65_HS1-834228961_62-HQ-83894_Section_3
Agency: FBI
Page 42
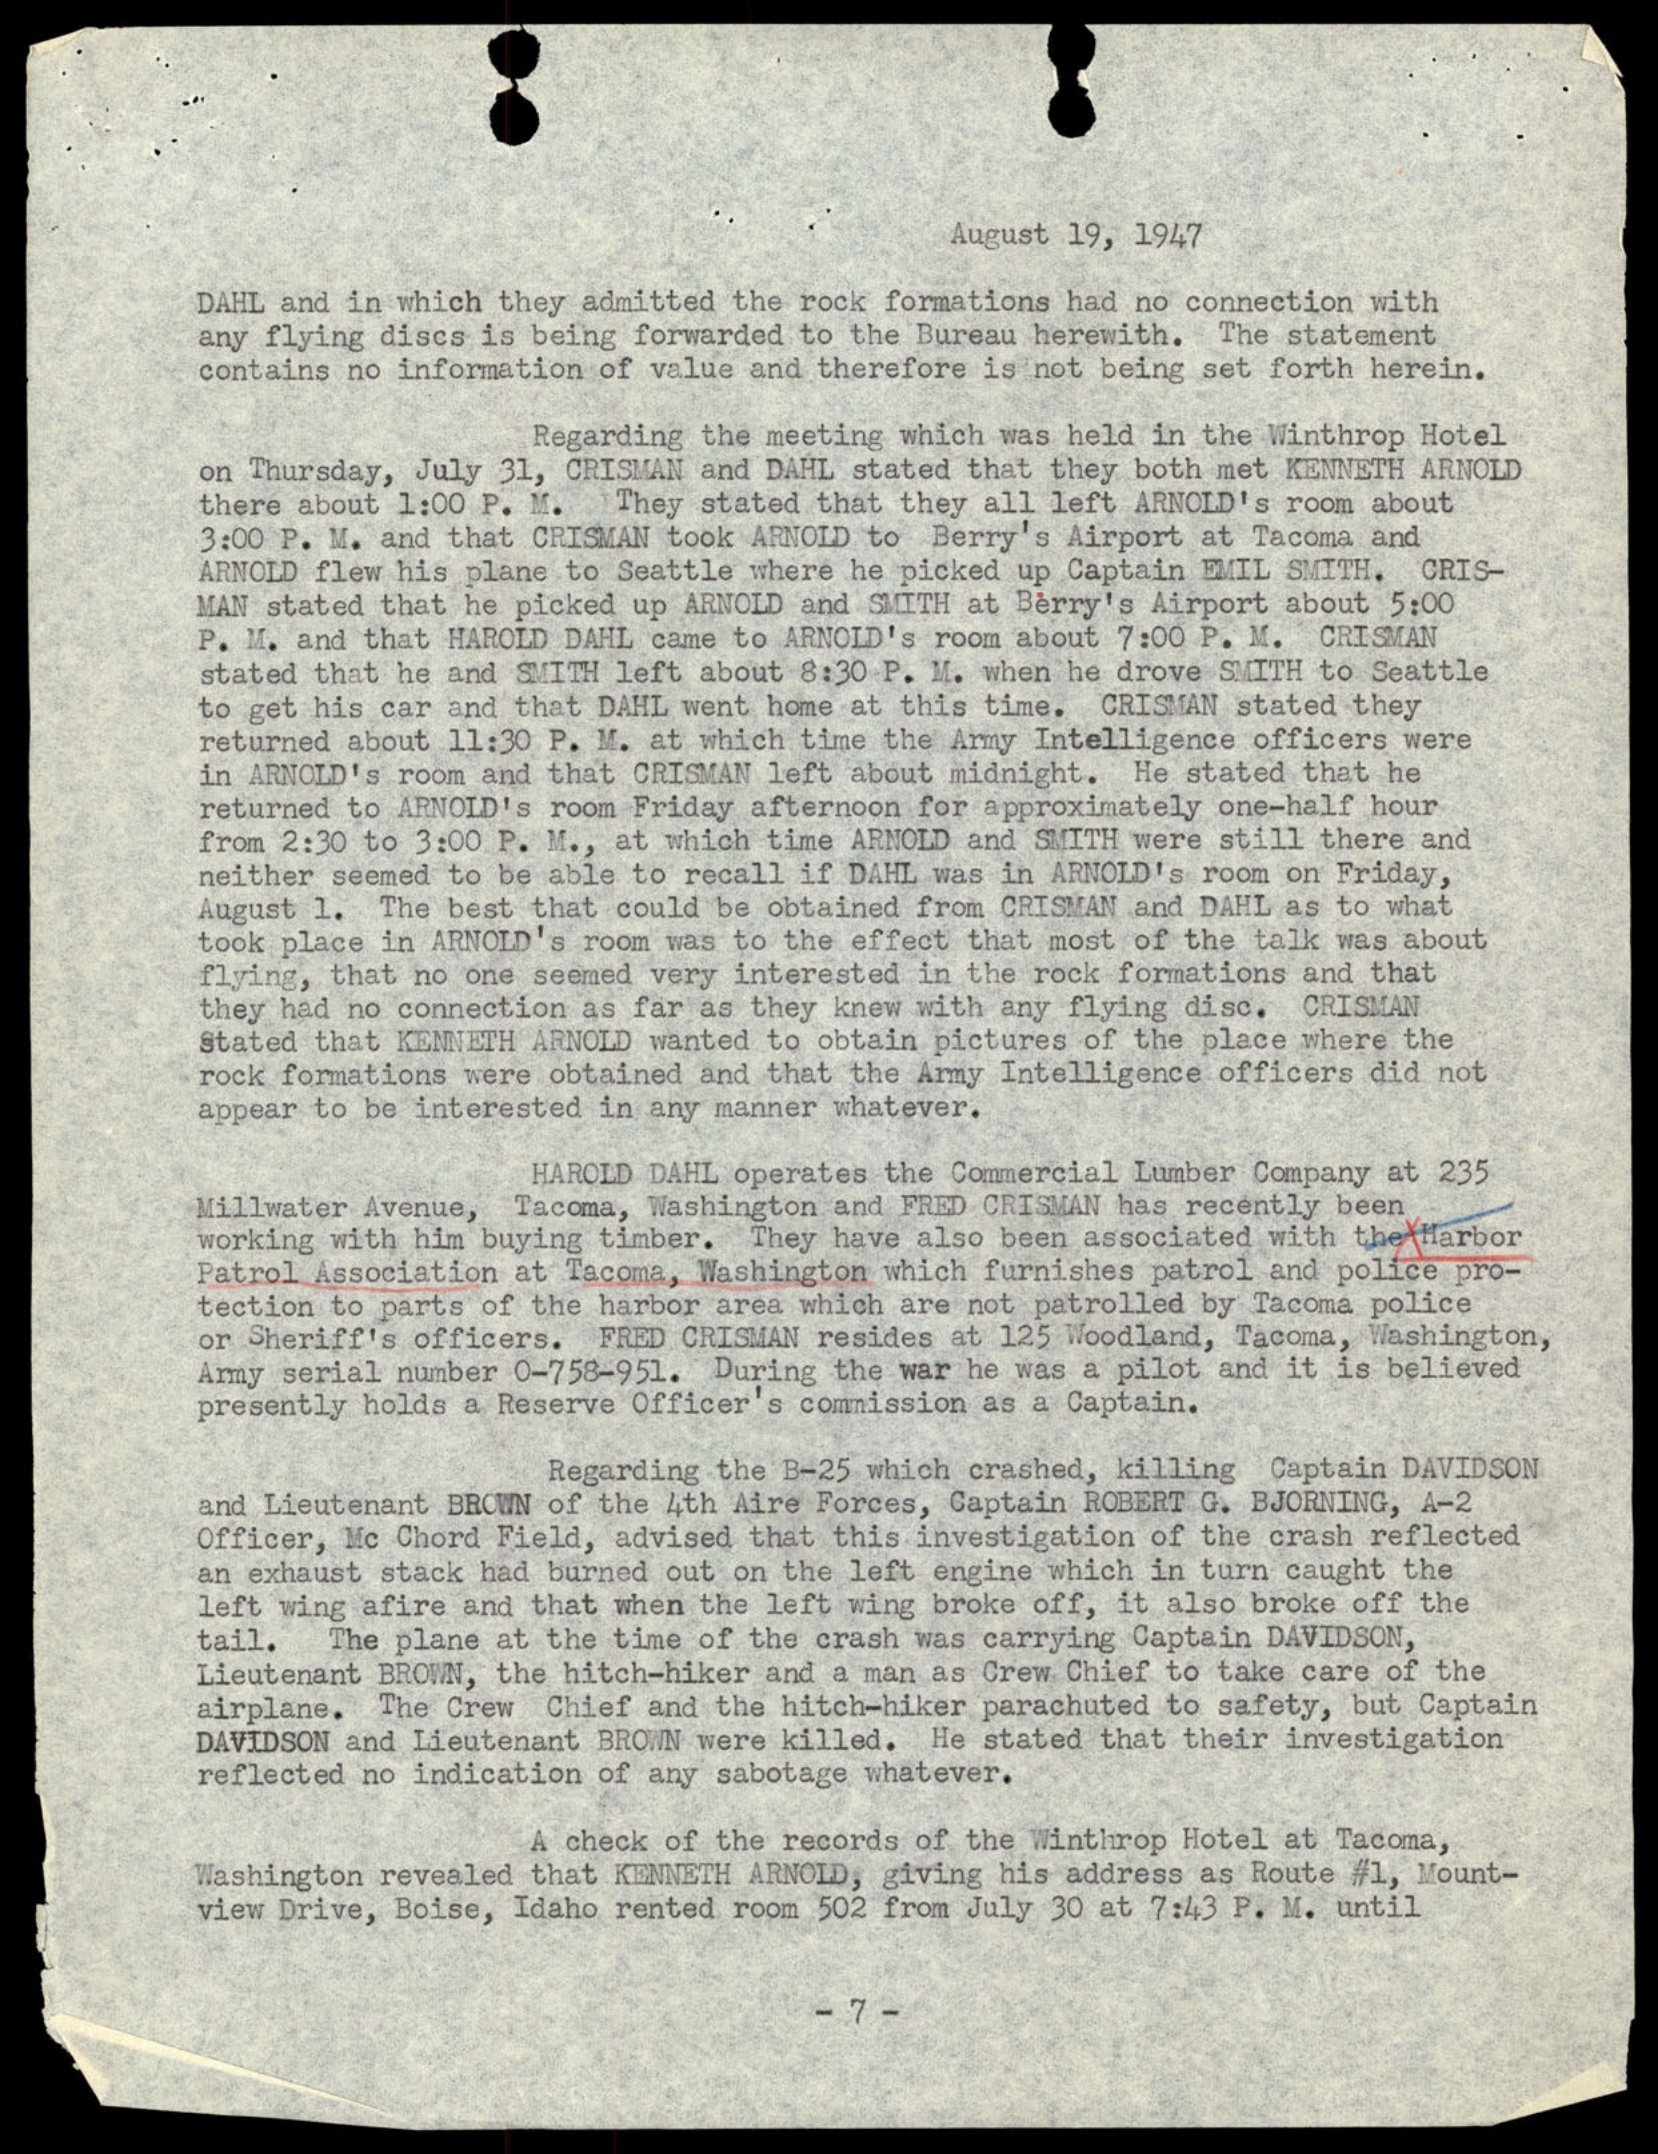